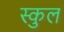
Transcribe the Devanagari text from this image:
स्‍कुल